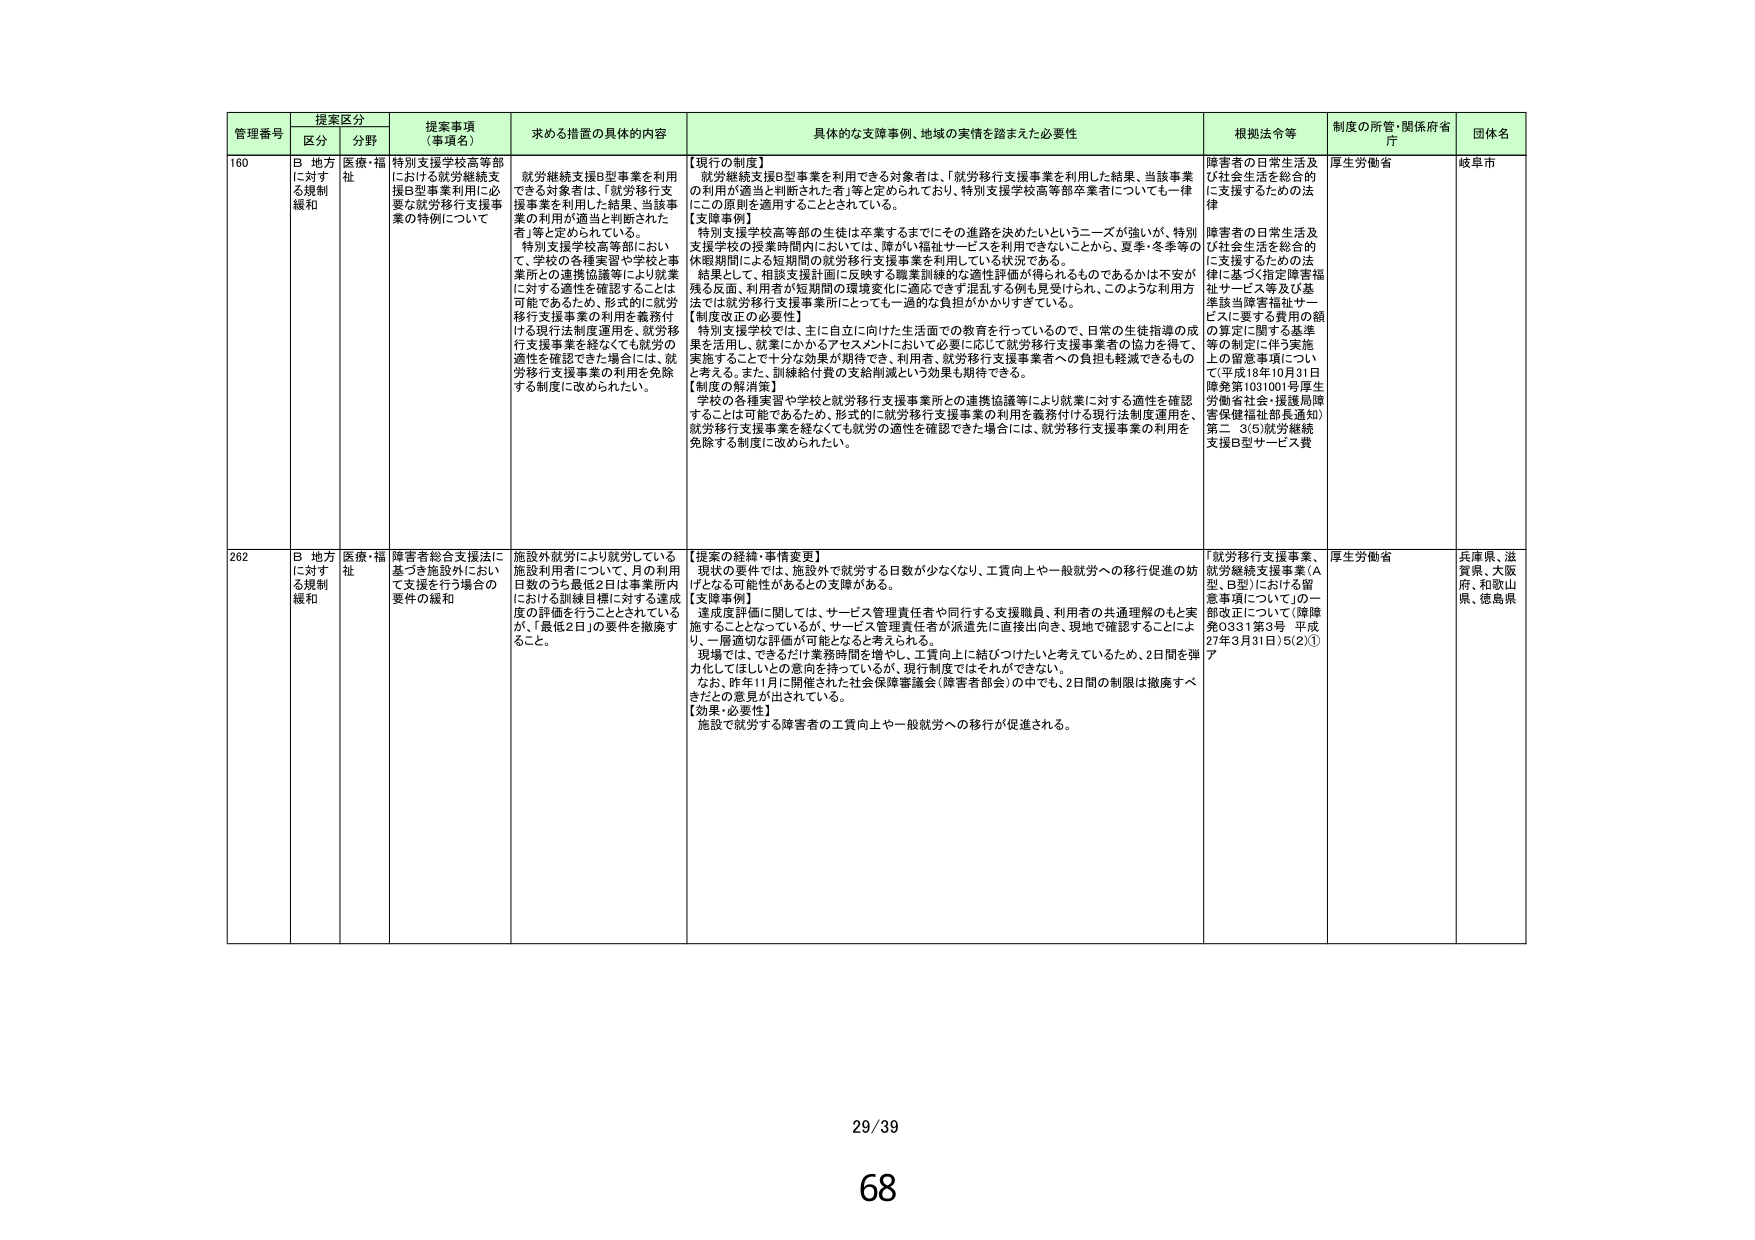
管理番号 提案区分 提案事項（事項名） 求める措置の具体的内容 具体的な支援事例、地域の実情を踏まえた必要性 根拠法令等 制度の所管・関係府省庁 団体名
区分 分野
160 B 地方に対する規制緩和 医療・福祉 特別支援学校高等部における就労継続支援B型事業利用に必要な就労移行支援事業の特例について 就労継続支援B型事業を利用できる対象者は、「就労移行支援事業を利用した結果、当該事業の利用が適当と判断された者」等と定められている。特別支援学校高等部において、学校の各種実習や学校と事業所との連携協議等により就業に対する適性を確認することは可能であるため、形式的に就労移行支援事業の利用を義務付ける現行法制度運用を、就労移行支援事業を経なくても就労の適性を確認できた場合には、就労移行支援事業の利用を免除する制度に改められたい。 【現行の制度】 就労継続支援B型事業を利用できる対象者は、「就労移行支援事業を利用した結果、当該事業の利用が適当と判断された者」等と定められており、特別支援学校高等部卒業者についても一律にこの原則を適用することとされている。 【支援事例】 特別支援学校高等部の生徒は卒業するまでにその進路を決めたいというニーズが強いが、特別支援学校の授業時間内においては、障がい福祉サービスを利用できないことから、夏季・冬季等の休暇期間による短期間の就労移行支援事業を利用している状況である。 結果として、相談支援計画に反映する職業訓練的な適性評価が得られるものであるかは不安が残る反面、利用者が短期間の環境変化に適応できず混乱する例も見受けられ、このような利用方法では就労移行支援事業所にとっても一過的な負担がかかりすぎている。 【制度改正の必要性】 特別支援学校では、主に自立に向けた生活面での教育を行っているので、日常の生徒指導の成果を活用し、就業にかかるアセスメントにおいて必要に応じて就労移行支援事業者の協力を得て、実施することで十分な効果が期待でき、利用者、就労移行支援事業者への負担も軽減できるものと考える。また、訓練給付費の支給削減という効果も期待できる。 【制度の解消策】 学校の各種実習や学校と就労移行支援事業所との連携協議等により就業に対する適性を確認することは可能であるため、形式的に就労移行支援事業の利用を義務付ける現行法制度運用を、就労移行支援事業を経なくても就労の適性を確認できた場合には、就労移行支援事業の利用を免除する制度に改められたい。 障害者の日常生活及び社会生活を総合的に支援するための法律 障害者の日常生活及び社会生活を総合的に支援するための法律に基づく指定障害福祉サービス等及び基準該当障害福祉サービスに要する費用の額の算定に関する基準等の制定に伴う実施上の留意事項について（平成18年10月31日障発第1031001号厚生労働省社会・援護局障害保健福祉部長通知）第二 3(5)就労継続支援B型サービス費 厚生労働省 岐阜市
262 B 地方に対する規制緩和 医療・福祉 障害者総合支援法に基づき施設外において支援を行う場合の要件の緩和 施設外就労により就労している施設利用者について、月の利用日数のうち最低2日は事業所内における訓練目標に対する達成度の評価を行うこととされているが、「最低2日」の要件を撤廃すること。 【提案の経緯・事情変更】 現状の要件では、施設外で就労する日数が少なくなり、工賃向上や一般就労への移行促進の妨げとなる可能性があるとの支障がある。 【支援事例】 達成度評価に関しては、サービス管理責任者や同行する支援職員、利用者の共通理解のもと実施することとなっているが、サービス管理責任者が派遣先に直接出向き、現地で確認することにより、一層適切な評価が可能となると考えられる。 現場では、できるだけ業務時間を増やし、工賃向上に結びつけたいと考えているため、2日間を弾力化してほしいとの意向を持っているが、現行制度ではそれができない。 なお、昨年11月に開催された社会保障審議会（障害者部会）の中でも、2日間の制限は撤廃すべきだとの意見が出されている。 【効果・必要性】 施設で就労する障害者の工賃向上や一般就労への移行が促進される。 「就労移行支援事業、就労継続支援事業（A型、B型）における留意事項について」の一部改正について（障障発0331第3号 平成27年3月31日）5(2)①ア 厚生労働省 兵庫県、滋賀県、大阪府、和歌山県、徳島県
29/39
68